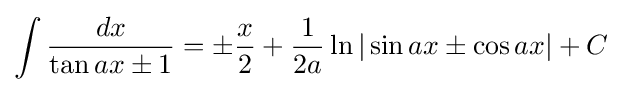
\int {\frac {dx}{\tan ax\pm 1}}=\pm {\frac {x}{2}}+{\frac {1}{2a}}\ln |\sin ax\pm \cos ax|+C